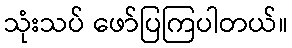
သုံးသပ် ဖော်ပြကြပါတယ်။